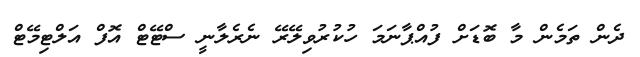
ދެން ތަމެން މާ ބޮޑަށް ފުއްޕާނަމަ ހުކުރުވިލޭރޭ ނެރެލާނީ ސްޓޭޓް އޮފް އަލްޓިމޭޓް